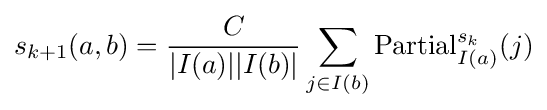
s_{k+1}(a,b)={\frac {C}{|I(a)||I(b)|}}\sum _{j\in I(b)}{\text{Partial}}_{I(a)}^{s_{k}}(j)